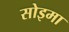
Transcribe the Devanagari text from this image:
सोइमा